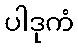
ပါဒုကံ